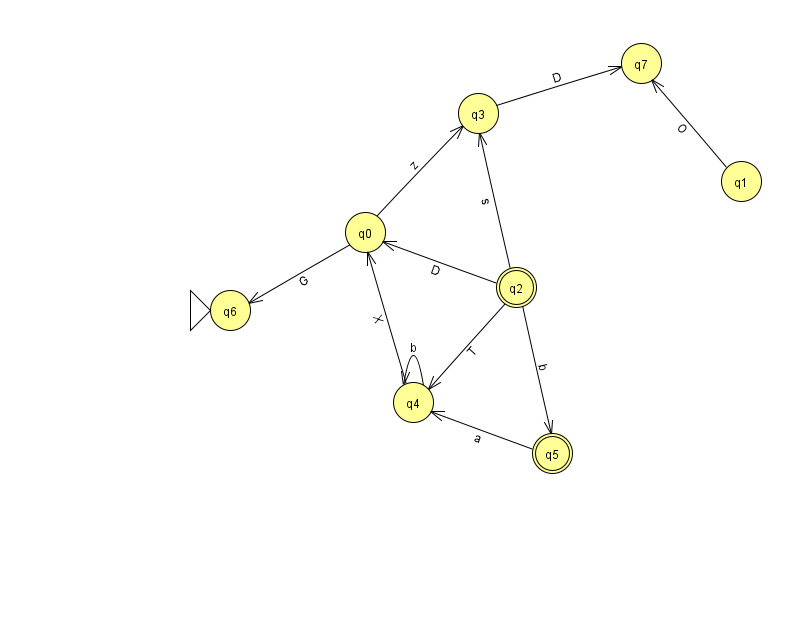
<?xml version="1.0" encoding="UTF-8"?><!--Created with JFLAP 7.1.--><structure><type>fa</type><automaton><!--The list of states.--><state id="0" name="q0"><x>365.0</x><y>219.0</y></state><state id="1" name="q1"><x>741.0</x><y>168.0</y></state><state id="2" name="q2"><x>516.0</x><y>274.0</y><final/></state><state id="3" name="q3"><x>478.0</x><y>100.0</y></state><state id="4" name="q4"><x>413.0</x><y>389.0</y></state><state id="5" name="q5"><x>552.0</x><y>440.0</y><final/></state><state id="6" name="q6"><x>230.0</x><y>297.0</y><initial/></state><state id="7" name="q7"><x>641.0</x><y>50.0</y></state><!--The list of transitions.--><transition><from>2</from><to>4</to><read>T</read></transition><transition><from>5</from><to>4</to><read>a</read></transition><transition><from>4</from><to>4</to><read>b</read></transition><transition><from>2</from><to>5</to><read>b</read></transition><transition><from>3</from><to>7</to><read>D</read></transition><transition><from>4</from><to>0</to><read>X</read></transition><transition><from>1</from><to>7</to><read>O</read></transition><transition><from>0</from><to>6</to><read>G</read></transition><transition><from>0</from><to>3</to><read>z</read></transition><transition><from>2</from><to>0</to><read>D</read></transition><transition><from>2</from><to>3</to><read>s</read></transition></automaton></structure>